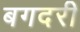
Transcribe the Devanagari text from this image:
बगदरी